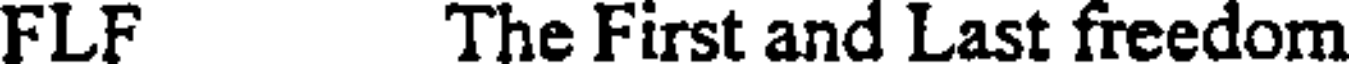
FLF The First and Last freedom